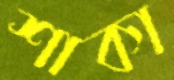
শাকা